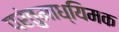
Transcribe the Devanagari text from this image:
परंतुमाध्यिमक